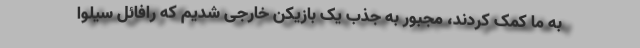
به ما کمک کردند، مجبور به جذب یک بازیکن خارجی شدیم که رافائل سیلوا